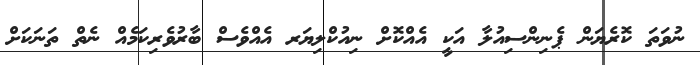
ނުވަތަ ކޮރެޔަން ޕެނިންސިއުލާ އަކީ އެއްކޮށް ނިއުކްލިޔަރ އެއްވެސް ބާރުވެރިކަމެއް ނެތް ތަނަކަށް